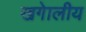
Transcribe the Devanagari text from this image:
खगेालीय